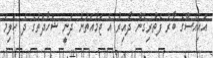
އައިއެސްގެ ބާރު ފެތުރިގެން ދާއިރު އެ ޖަމާއަތުން ދަނީ ޝަހާދަތުގެ ދެ ކަލިމަ